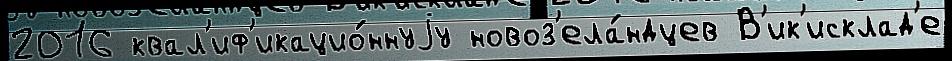
2016 квал'иф'икацио́ннуjу новоз'ела́ндцев В'ик'исклад'е